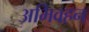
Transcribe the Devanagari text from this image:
अभिवहन